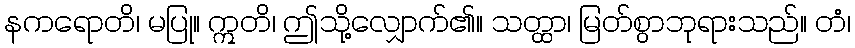
နကရောတိ၊ မပြု။ ဣတိ၊ ဤသို့လျှောက်၏။ သတ္ထာ၊ မြတ်စွာဘုရားသည်။ တံ၊